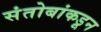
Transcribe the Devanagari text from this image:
संतोबांकडून